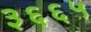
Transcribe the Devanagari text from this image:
३६६५